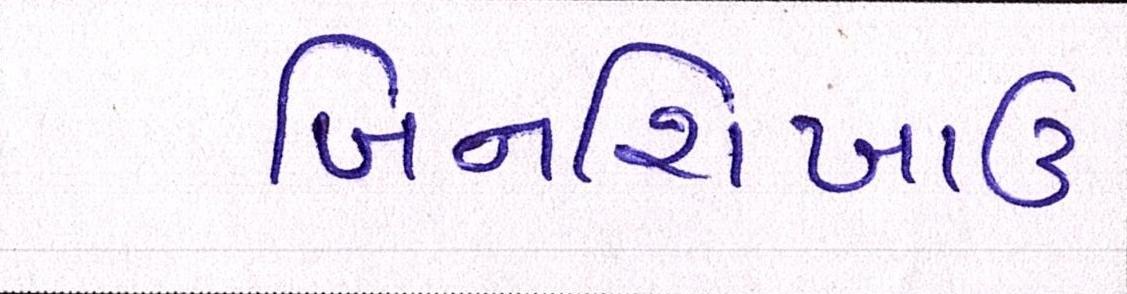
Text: બિનશિખાઉ